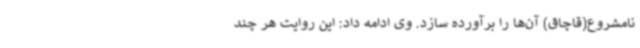
نامشروع(قاچاق) آن‌ها را برآورده سازد. وی ادامه داد: این روایت هر چند